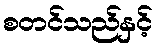
စတင်သည်နှင့်